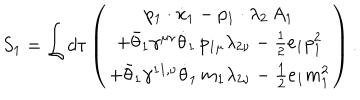
LaTeX: S _ { 1 } = \int d \tau \left( \begin{array} { c } { { p _ { 1 } \cdot \dot { x } _ { 1 } - p _ { 1 } \cdot \lambda _ { 2 } \, A _ { 1 } } } \\ { { + \bar { \theta } _ { 1 } \gamma ^ { \mu \nu } \dot { \theta } _ { 1 } \, p _ { 1 \mu } \lambda _ { 2 \nu } - \frac 1 2 e _ { 1 } p _ { 1 } ^ { 2 } } } \\ { { + \bar { \theta } _ { 1 } \gamma ^ { 1 1 , \nu } \dot { \theta } _ { 1 } \, m _ { 1 } \lambda _ { 2 \nu } - \frac 1 2 e _ { 1 } m _ { 1 } ^ { 2 } } } \\ \end{array} \right) .